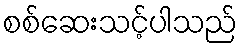
စစ်ဆေးသင့်ပါသည်